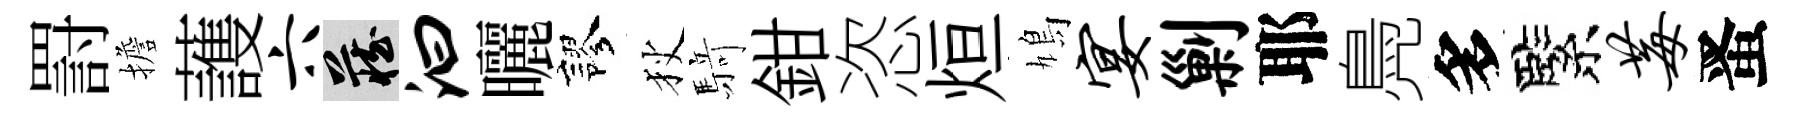
罸擔䕶六藏汩曬謬狄𮪍鉗恣烜鳩宴剿耶鳧多緊莓󱉠